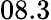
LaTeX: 08.3